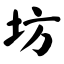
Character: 坊